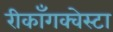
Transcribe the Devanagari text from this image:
रीकाँगक्वेस्टा